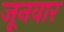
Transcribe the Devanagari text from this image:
जूनवार